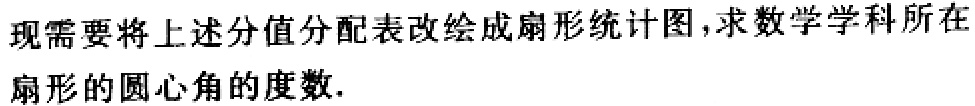
现需要将上述分值分配表改绘成扇形统计图，求数学学科所在扇形的圆心角的度数.